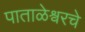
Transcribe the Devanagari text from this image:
पाताळेश्वरचे